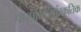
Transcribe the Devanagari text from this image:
पास्परिकसांस्कृतिक